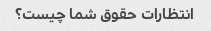
انتظارات حقوق شما چیست؟